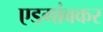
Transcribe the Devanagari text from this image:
एडगांवकर